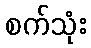
စက်သုံး